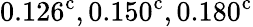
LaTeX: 0.126^{\mathrm{c}},0.150^{\mathrm{c}},0.180^{\mathrm{c}}